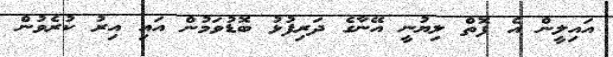
އައިލީން އެ ފޮތް ލިޔުނީ އޭނާގެ ދަރިފުޅު ބޮޑުވަމުން އައި އިރު ކުރެވުން